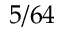
5 / 6 4